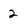
Character: 2